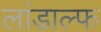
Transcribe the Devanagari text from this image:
लांडाल्फ